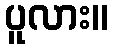
ပူလား။